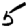
Digit: 5